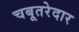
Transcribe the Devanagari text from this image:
चबूतरेदार